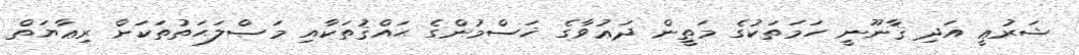
ޝަރުޢީ އަދި ޤާނޫނީ ހަމަތަކުގެ މަތީން ދަޢުވާގެ ޚަސްމުންގެ ޙައްޤުތަކާއި މަޞްލަޙަތުތަކަށް ރިޢާޔަތް